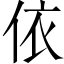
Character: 依